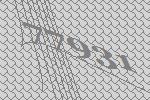
77931